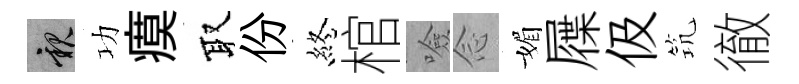
親功瘼取份終棺噞𫝹媚屧伋𥬑徹